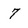
Character: 7